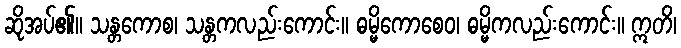
ဆိုအပ်၏။ သန္တကောစ၊ သန္တကလည်းကောင်း။ ဓမ္မိကောစေဝ၊ ဓမ္မိကလည်းကောင်း။ ဣတိ၊